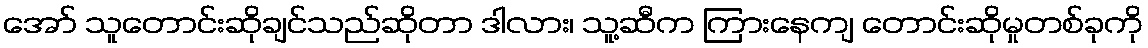
အော် သူတောင်းဆိုချင်သည်ဆိုတာ ဒါလား၊ သူ့ဆီက ကြားနေကျ တောင်းဆိုမှုတစ်ခုကို